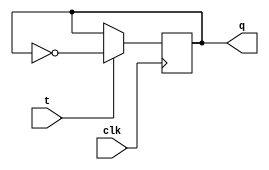
module t_latch (
    input t,
    input clk,
    output reg q
);

always @(posedge clk)
begin
    if (t == 1'b1)
        q <= ~q;
end

endmodule